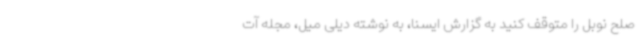
صلح نوبل را متوقف کنید به گزارش ایسنا، به نوشته دیلی میل، مجله آت